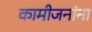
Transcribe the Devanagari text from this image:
कामीजनांना